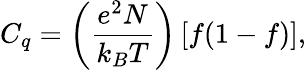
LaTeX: C_{q}=\left(\frac{e^{2}N}{k_{B}T}\right)\left[f(1-f)\right],